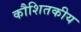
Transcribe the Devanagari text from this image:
कौशितकीय